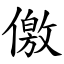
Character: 儌